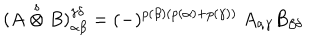
LaTeX: ( A \stackrel { s } { \otimes } B ) _ { \alpha \beta } ^ { \gamma \delta } = ( - ) ^ { p ( \beta ) ( p ( \alpha ) + p ( \gamma ) ) } \ A _ { \alpha \gamma } B _ { \beta \delta }